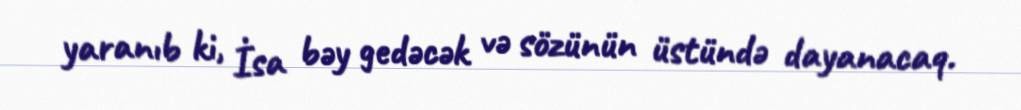
yaranıb ki, İsa bəy gedəcək və sözünün üstündə dayanacaq.